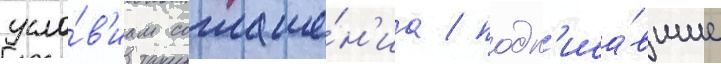
усло́в'иам соглаше́н'иа / подп'иса́вшие